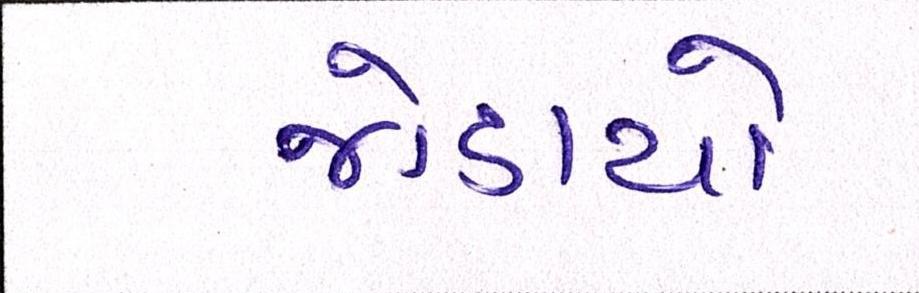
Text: જોડાયો